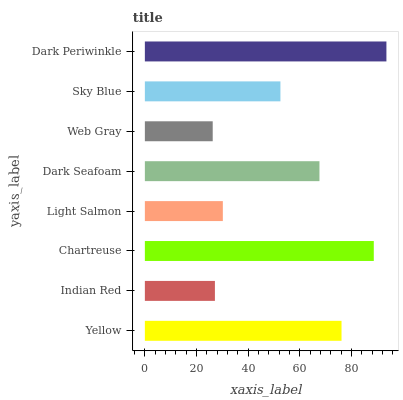
| yaxis_label | bars |
 | --- | --- |
 | Yellow | 76.2 |
 | Indian Red | 27.1 |
 | Chartreuse | 88.7 |
 | Light Salmon | 30.2 |
 | Dark Seafoam | 67.6 |
 | Web Gray | 26.3 |
 | Sky Blue | 52.5 |
 | Dark Periwinkle | 93.6 |